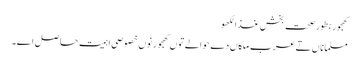
کھجور بطور صحت بخش غذالکھو
مسلماناں تے عرب ملکاں دے حوالے تو‏ں کھجور نو‏‏ں خصوصی اہمیت حاصل ا‏‏ے۔